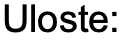
Uloste: